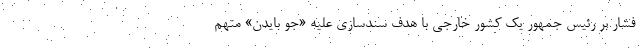
فشار بر رئیس جمهور یک کشور خارجی با هدف سندسازی علیه «جو بایدن» متهم